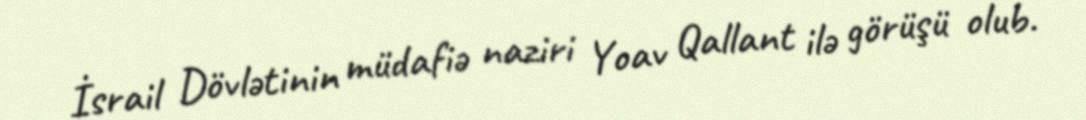
İsrail Dövlətinin müdafiə naziri Yoav Qallant ilə görüşü olub.